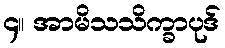
၄။ အာမိသသိက္ခာပုဒ်